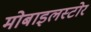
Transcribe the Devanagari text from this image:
मोबाइलस्टोर